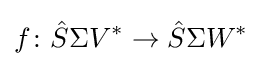
f\colon {\hat {S}}\Sigma V^{*}\to {\hat {S}}\Sigma W^{*}